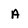
Character: A